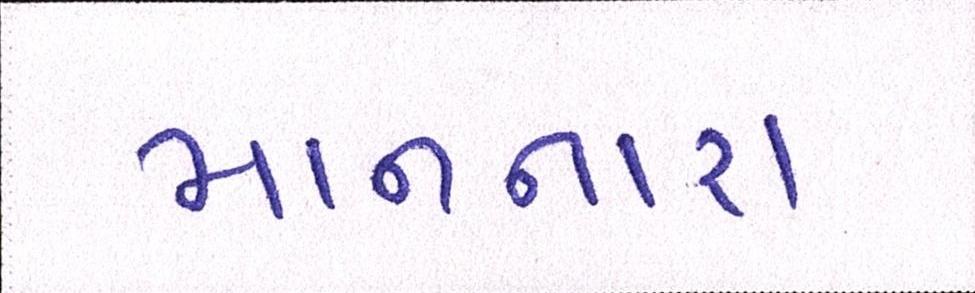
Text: માનનારા